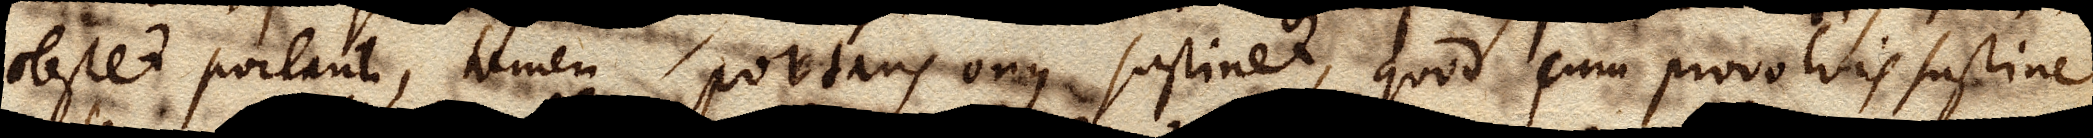
obstet portanti, tamen portans onus sustinet, quod cum provolvis sustinet